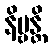
နိဗ္ဗန္တိ